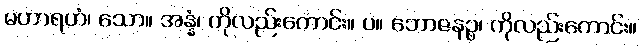
မဟာရဟံ၊ သော။ အန္နံ၊ ကိုလည်းကောင်း။ ပ။ ဘောဇနဉ္စ၊ ကိုလည်းကောင်း။